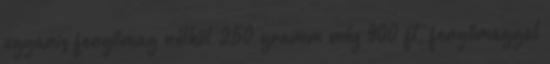
ugyanis fenyőmag nélkül 250 gramm méz 900 ft, fenyőmaggal